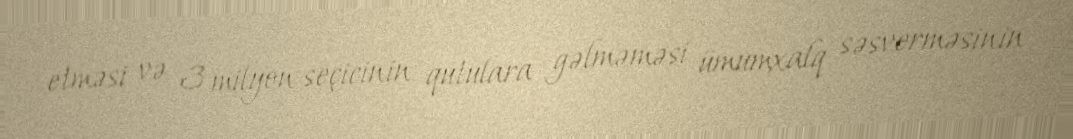
etməsi və 3 milyon seçicinin qutulara gəlməməsi ümumxalq səsverməsinin